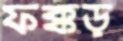
ফক্কড়